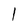
Character: l